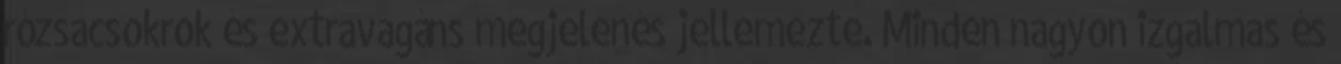
rózsacsokrok és extravagáns megjelenés jellemezte. Minden nagyon izgalmas és